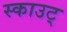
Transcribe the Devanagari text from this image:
स्काउट्